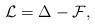
LaTeX: \begin{align*}\mathcal{L}=\Delta - \mathcal{F},\end{align*}